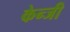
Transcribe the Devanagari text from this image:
केन्जी